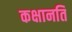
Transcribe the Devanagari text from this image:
कक्षानति